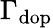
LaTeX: \Gamma_{\textrm{dop}}